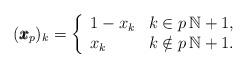
LaTeX: \begin{align*}(\pmb{x}_p)_k=\left\{\begin{array}{ll} 1-x_k & k\in p\,\mathbb{N}+1,\\ x_k & k\notin p\,\mathbb{N}+1. \end{array} \right.\end{align*}